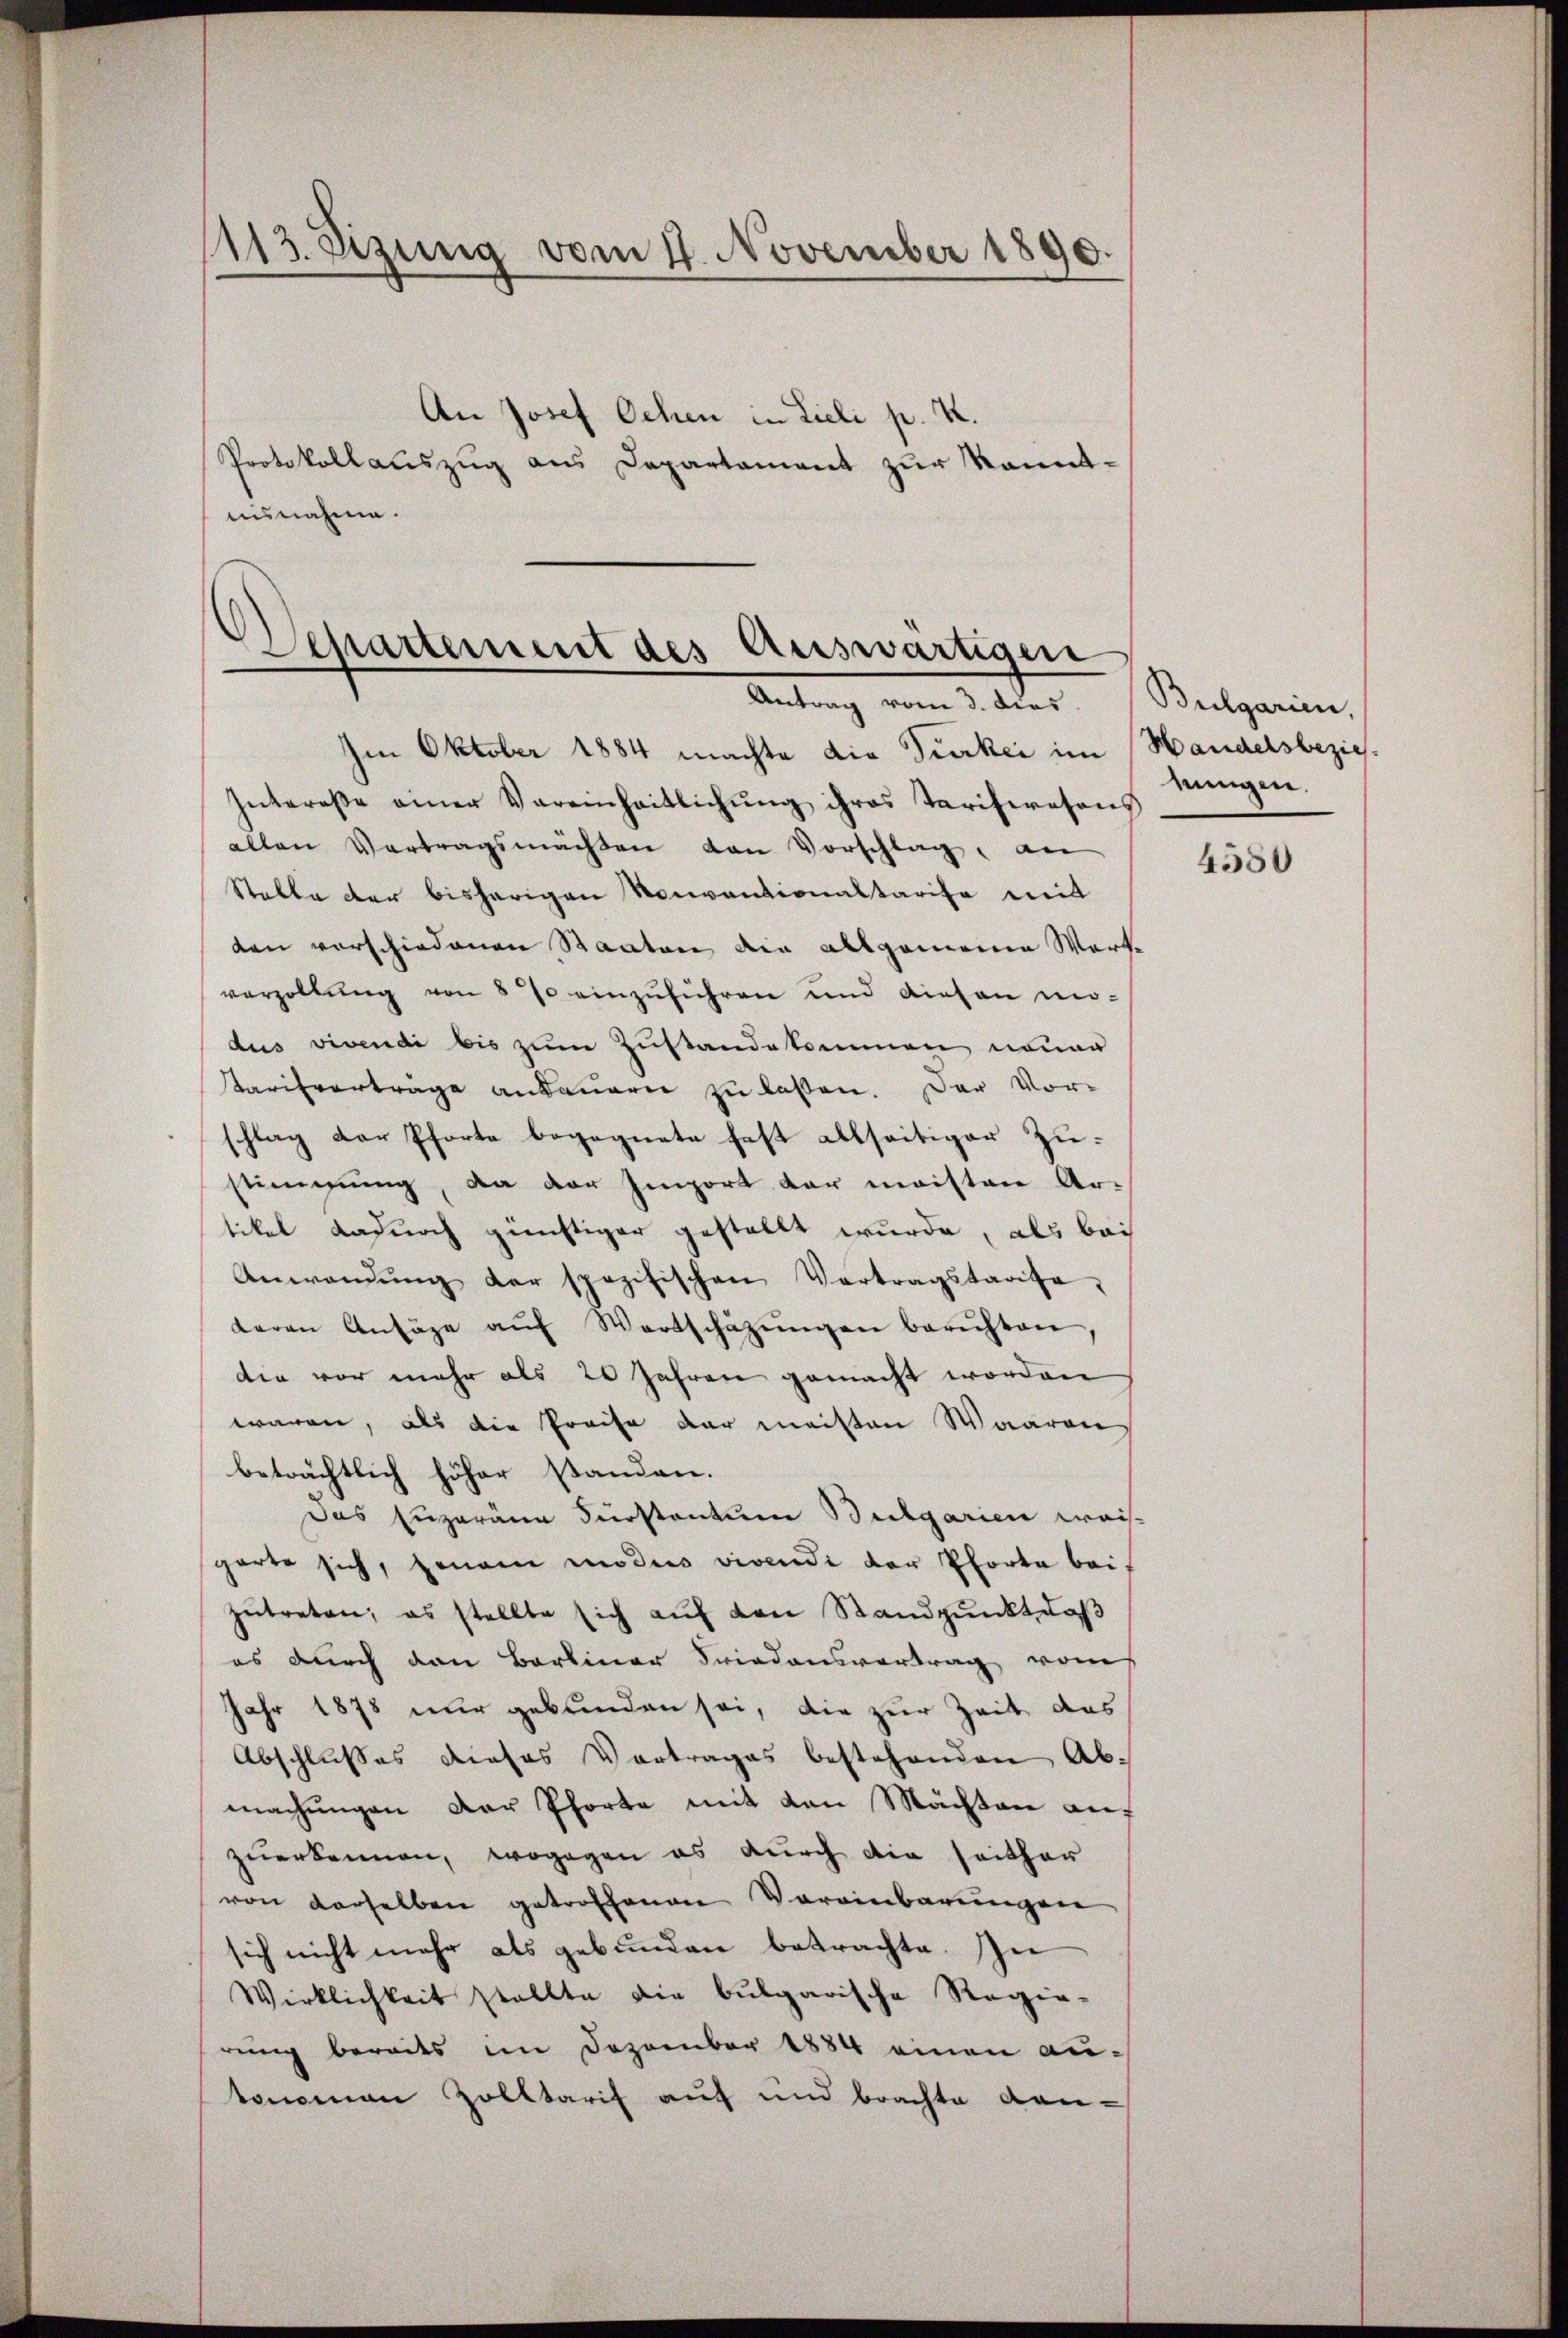
113. Sizung vom 17. November 1890.

An Josef Oehen in Lieli p. K.
Protokollauszug aus Departament zur kannt-
unsnahme.

Separtement des Auswärtigen
Antrag vom 3. dies. Bulgarien,

Im Oktober 1884 machte die Türkei im Handelsbezieh¬
Intereße einer Vereinheitlichŭng ihres Tarifwesens
allen Vertragsmachten den Vorschlag, an
Statte der bisherigen Konventionaltarise mit
den vorschiedenen Staaten die allgemeine Wert-
verzollŭng von 870 einzŭführen und diesen mo-
dus vivendi bis zum Zustandekommen neuer
Tarifvertrage andauern zu lassen. Der Vor-
schlag der Pforte begegnete fest allseitiger Zustimmung, da der Import der meisten Ar-
tikel dadurch günstiger gestellt wurde, als bei
Anwendŭng der spezifischen Vertragstarisa,
daren Ansäge aŭf Wertschäzŭngen berichten
die vor mehr als 20 Jahren gemacht worden
waren, als die Preise der meisten Waaren
beträchtlich höher standen.
Das Engeräue Fürstantum Bulgarien weis-
garte sich, genau modus vivendi der Pforta beizŭtreten, es stellte sich auf von Standpunkt, daß
es durch den Barliner Friedensvortrag vom
Jahr 1878 nur gebunden sei, die zur Zeit das
Abschlußes dieses Vortrages bestehenden Abmachungen der Pforte mit den Mächten auf
zuerkennen, wogegen es durch die seither
von derselben getroffenen Vereinbarungen
sich nicht mehr als gebunden betrachte. In
Wirklichkeit stellte die bulgarische Regie-
rung bereits im Dezember 1884 einen autonomen Zolltarif auf und brachte Kan¬

nungen.

4580